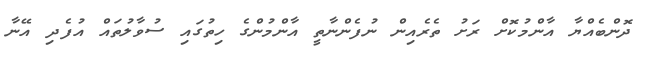
ދޮންބެއްޔާ އާންމުކޮށް ރަށު ތެރެއިން ނުފެންނާތީ އާންމުންގެ ހިތުގައި ސުވާލުތައް އުފެދި އޭނާ